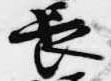
長